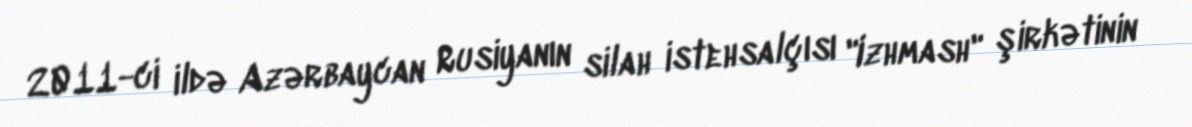
2011-ci ildə Azərbaycan Rusiyanın silah istehsalçısı "Izhmash" şirkətinin